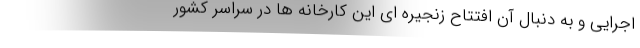
اجرایی و به دنبال آن افتتاح زنجیره ای این کارخانه ها در سراسر کشور